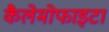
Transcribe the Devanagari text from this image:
कैलेमोफाइटा